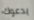
يدعوك